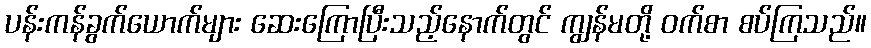
ပန်းကန်ခွက်ယောက်များ ဆေးကြောပြီးသည့်နောက်တွင် ကျွန်မတို့ ဝက်စာ စပ်ကြသည်။